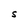
Character: S